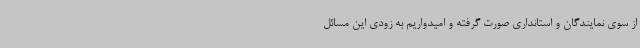
از سوی نمایندگان و استانداری صورت گرفته و امیدواریم به زودی این مسائل